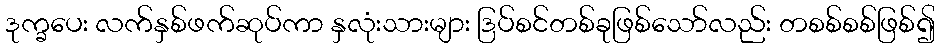
ဒုက္ခပေး လက်နှစ်ဖက်ဆုပ်ကာ နှလုံးသားများ ဒြပ်စင်တစ်ခုဖြစ်သော်လည်း တစစ်စစ်ဖြစ်၍